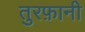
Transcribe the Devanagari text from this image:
तुरफ़ानी